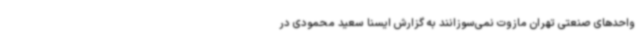
واحدهای صنعتی تهران مازوت نمی‌سوزانند به گزارش ایسنا سعید محمودی در